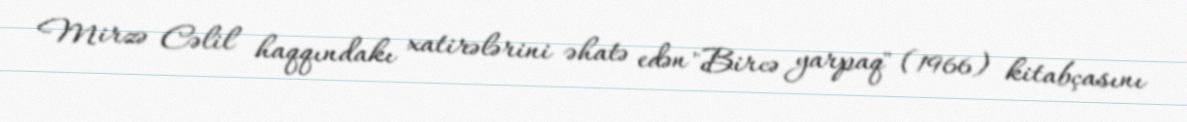
Mirzə Cəlil haqqındakı xatirələrini əhatə edən "Bircə yarpaq" (1966) kitabçasını